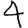
Digit: 4